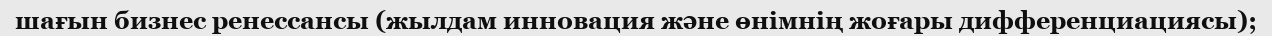
шағын бизнес ренессансы (жылдам инновация және өнімнің жоғары дифференциациясы);